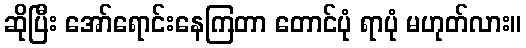
ဆိုပြီး အော်ရောင်းနေကြတာ တောင်ပုံ ရာပုံ မဟုတ်လား။